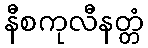
နီစကုလီနတ္တံ